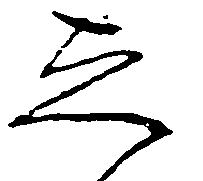
し